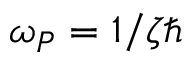
\omega _ { P } = 1 / \zeta \hbar